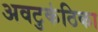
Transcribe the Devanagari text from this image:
अवटुकंठिका